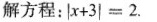
解方程：＄＄| x + 3 | = 2＄＄.